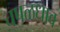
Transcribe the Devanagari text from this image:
चपळधाव